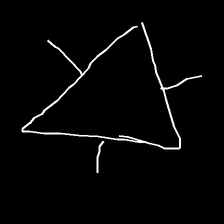
Glyph: fire